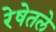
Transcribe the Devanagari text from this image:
रेषेतले